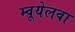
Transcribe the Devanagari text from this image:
म्वूयेलवा